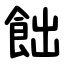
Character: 飿